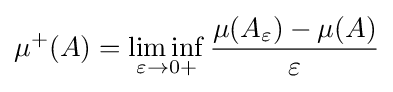
\mu ^{+}(A)=\liminf _{\varepsilon \to 0+}{\frac {\mu (A_{\varepsilon })-\mu (A)}{\varepsilon }}